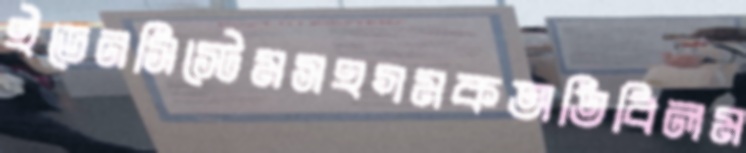
ইডেনসিস্টেমসহগমকঅতিবিলম